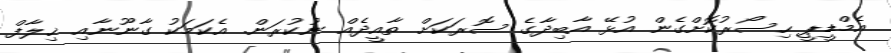
އެމްޑީޕީ ހިސޯރުކޮށްގެން އުޅޭ އާބިދާގެ ސޮރަކަށް ތާއީދެއް ނުކުރަން. އެކަމަކު ގާނޫނާއި ޚިލާފް